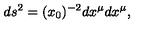
d s ^ { 2 } = ( x _ { 0 } ) ^ { - 2 } d x ^ { \mu } d x ^ { \mu } ,